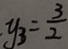
\cdot y _ { 3 } = \frac { 3 } { 2 }